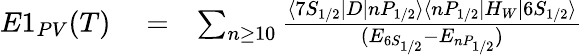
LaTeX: \begin{array}{rlr}{E1_{PV}(T)}&{{}=}&{\sum_{n\ge 10}\frac{\langle 7S_{1/2}|D|nP_{1/2}\rangle\langle nP_{1/2}|H_{W}|6S_{1/2}\rangle}{(E_{6S_{1/2}}-E_{nP_{1/2}})}}\end{array}